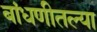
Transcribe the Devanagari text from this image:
बांधणीतल्या